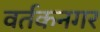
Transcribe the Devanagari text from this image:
वर्तकनगर